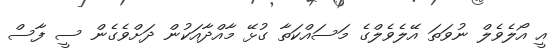
އީ އޯލެވެލް ނުވަތަ އޭލެވެލްގެ މަސައްކަތާ ގުޅޭ މާއްދާއަކުން ދަށްވެގެން ސީ ފާސް